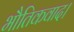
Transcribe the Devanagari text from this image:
भौतिकवाद।